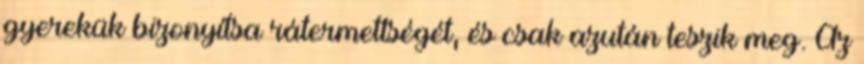
gyerekük bizonyítsa rátermettségét, és csak azután teszik meg. Az